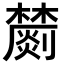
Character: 𣟈